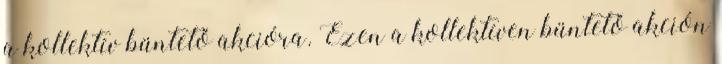
a kollektív büntető akcióra. Ezen a kollektíven büntető akción